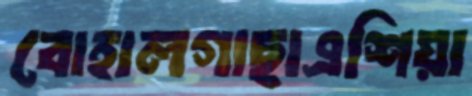
বোহালগাছাএশিয়া